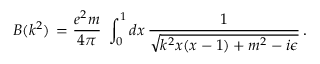
B ( k ^ { 2 } ) \, = \frac { e ^ { 2 } m } { 4 \pi } \, \, \int _ { 0 } ^ { 1 } d x \, \frac { 1 } { \sqrt { k ^ { 2 } x ( x - 1 ) + m ^ { 2 } - i \epsilon } } \, .